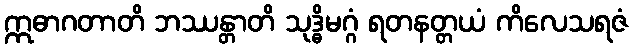
ဣဓာဂတာတိ ဘဿန္တာတိ သုဒ္ဓိမဂ္ဂံ ရတနတ္တယံ ကိလေသရဇံ